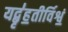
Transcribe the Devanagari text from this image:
यद्बृ॑ह॒तीर्विश्वं॒